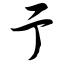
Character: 亍